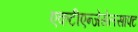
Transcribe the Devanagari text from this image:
एकटीएन्जेसेलसाफ्ट